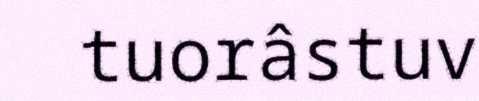
tuorâstuv